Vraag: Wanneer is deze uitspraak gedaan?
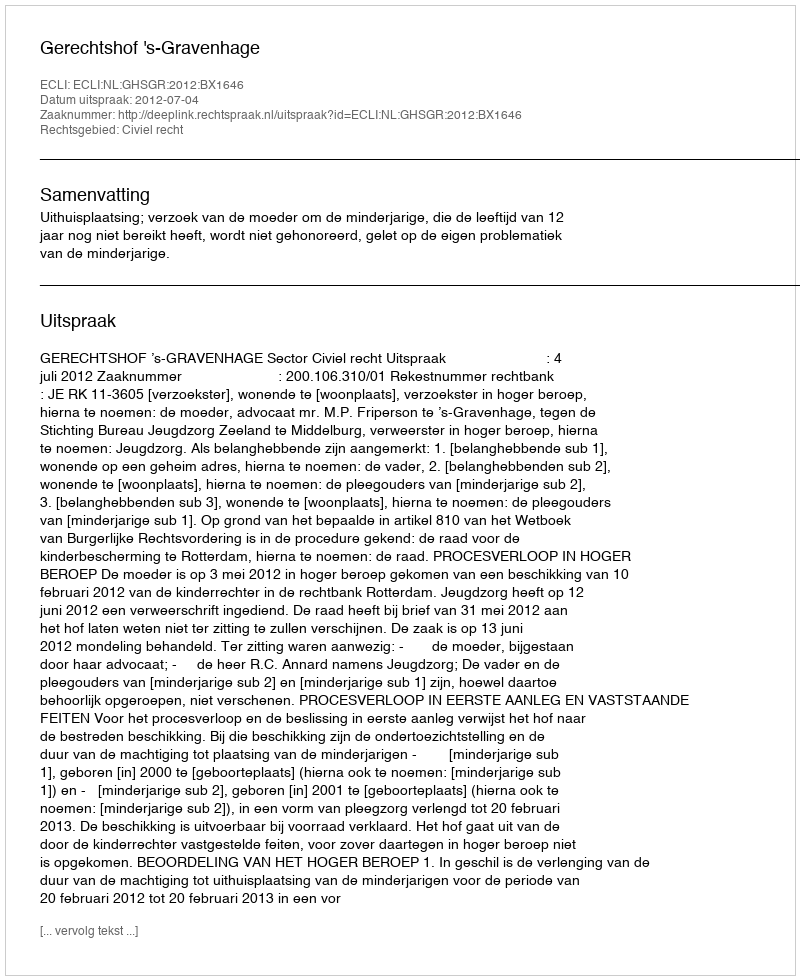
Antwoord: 2012-07-04